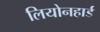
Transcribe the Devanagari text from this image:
लियोनहार्ड